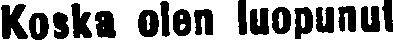
Koska olen luopunut